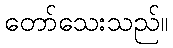
တော်သေးသည်။